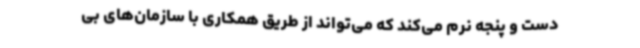
دست و پنجه نرم می‌کند که می‌تواند از طریق همکاری با سازمان‌های بی